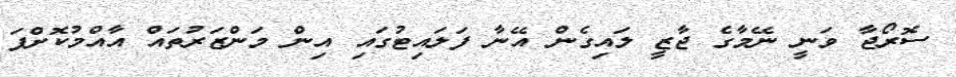
ސޮރޯޖާ ވަނީ ނޭމާގެ ޖާޒީ ލައިގެން އޭނާ ފަލައިޓުގައި އިން މަންޒަރުތައް އާއްމުކޮށްފަ